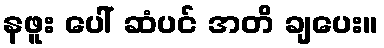
နဖူး ပေါ် ဆံပင် အတိ ချပေး။